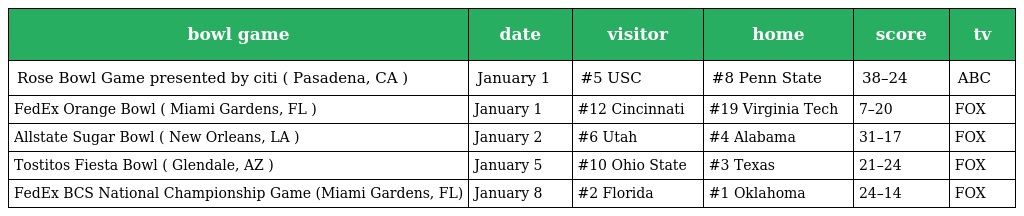
| bowl game | date | visitor | home | score | tv |
 | --- | --- | --- | --- | --- | --- |
 | Rose Bowl Game presented by citi ( Pasadena, CA ) | January 1 | #5 USC | #8 Penn State | 38–24 | ABC |
 | FedEx Orange Bowl ( Miami Gardens, FL ) | January 1 | #12 Cincinnati | #19 Virginia Tech | 7–20 | FOX |
 | Allstate Sugar Bowl ( New Orleans, LA ) | January 2 | #6 Utah | #4 Alabama | 31–17 | FOX |
 | Tostitos Fiesta Bowl ( Glendale, AZ ) | January 5 | #10 Ohio State | #3 Texas | 21–24 | FOX |
 | FedEx BCS National Championship Game (Miami Gardens, FL) | January 8 | #2 Florida | #1 Oklahoma | 24–14 | FOX |